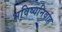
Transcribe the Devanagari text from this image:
भविष्यनिर्वाह